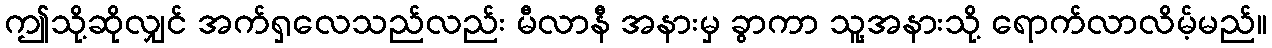
ဤသို့ဆိုလျှင် အက်ရှလေသည်လည်း မီလာနီ အနားမှ ခွာကာ သူ့အနားသို့ ရောက်လာလိမ့်မည်။